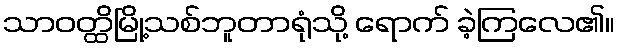
သာဝတ္ထိမြို့သစ်ဘူတာရုံသို့ ရောက် ခဲ့ကြလေ၏။